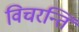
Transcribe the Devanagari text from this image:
विचरन्ति